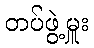
တပ်ဖွဲ့မှူး